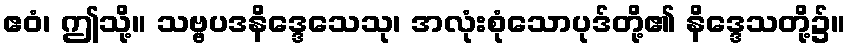
ဧဝံ၊ ဤသို့။ သဗ္ဗပဒနိဒ္ဒေသေသု၊ အလုံးစုံသောပုဒ်တို့၏ နိဒ္ဒေသတို့၌။